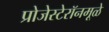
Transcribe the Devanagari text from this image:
प्रोजेस्टेरॉनमूळे